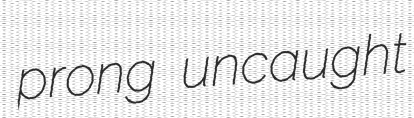
prong uncaught